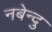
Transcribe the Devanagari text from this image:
नबेन्दु